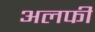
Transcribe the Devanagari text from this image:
अलफी